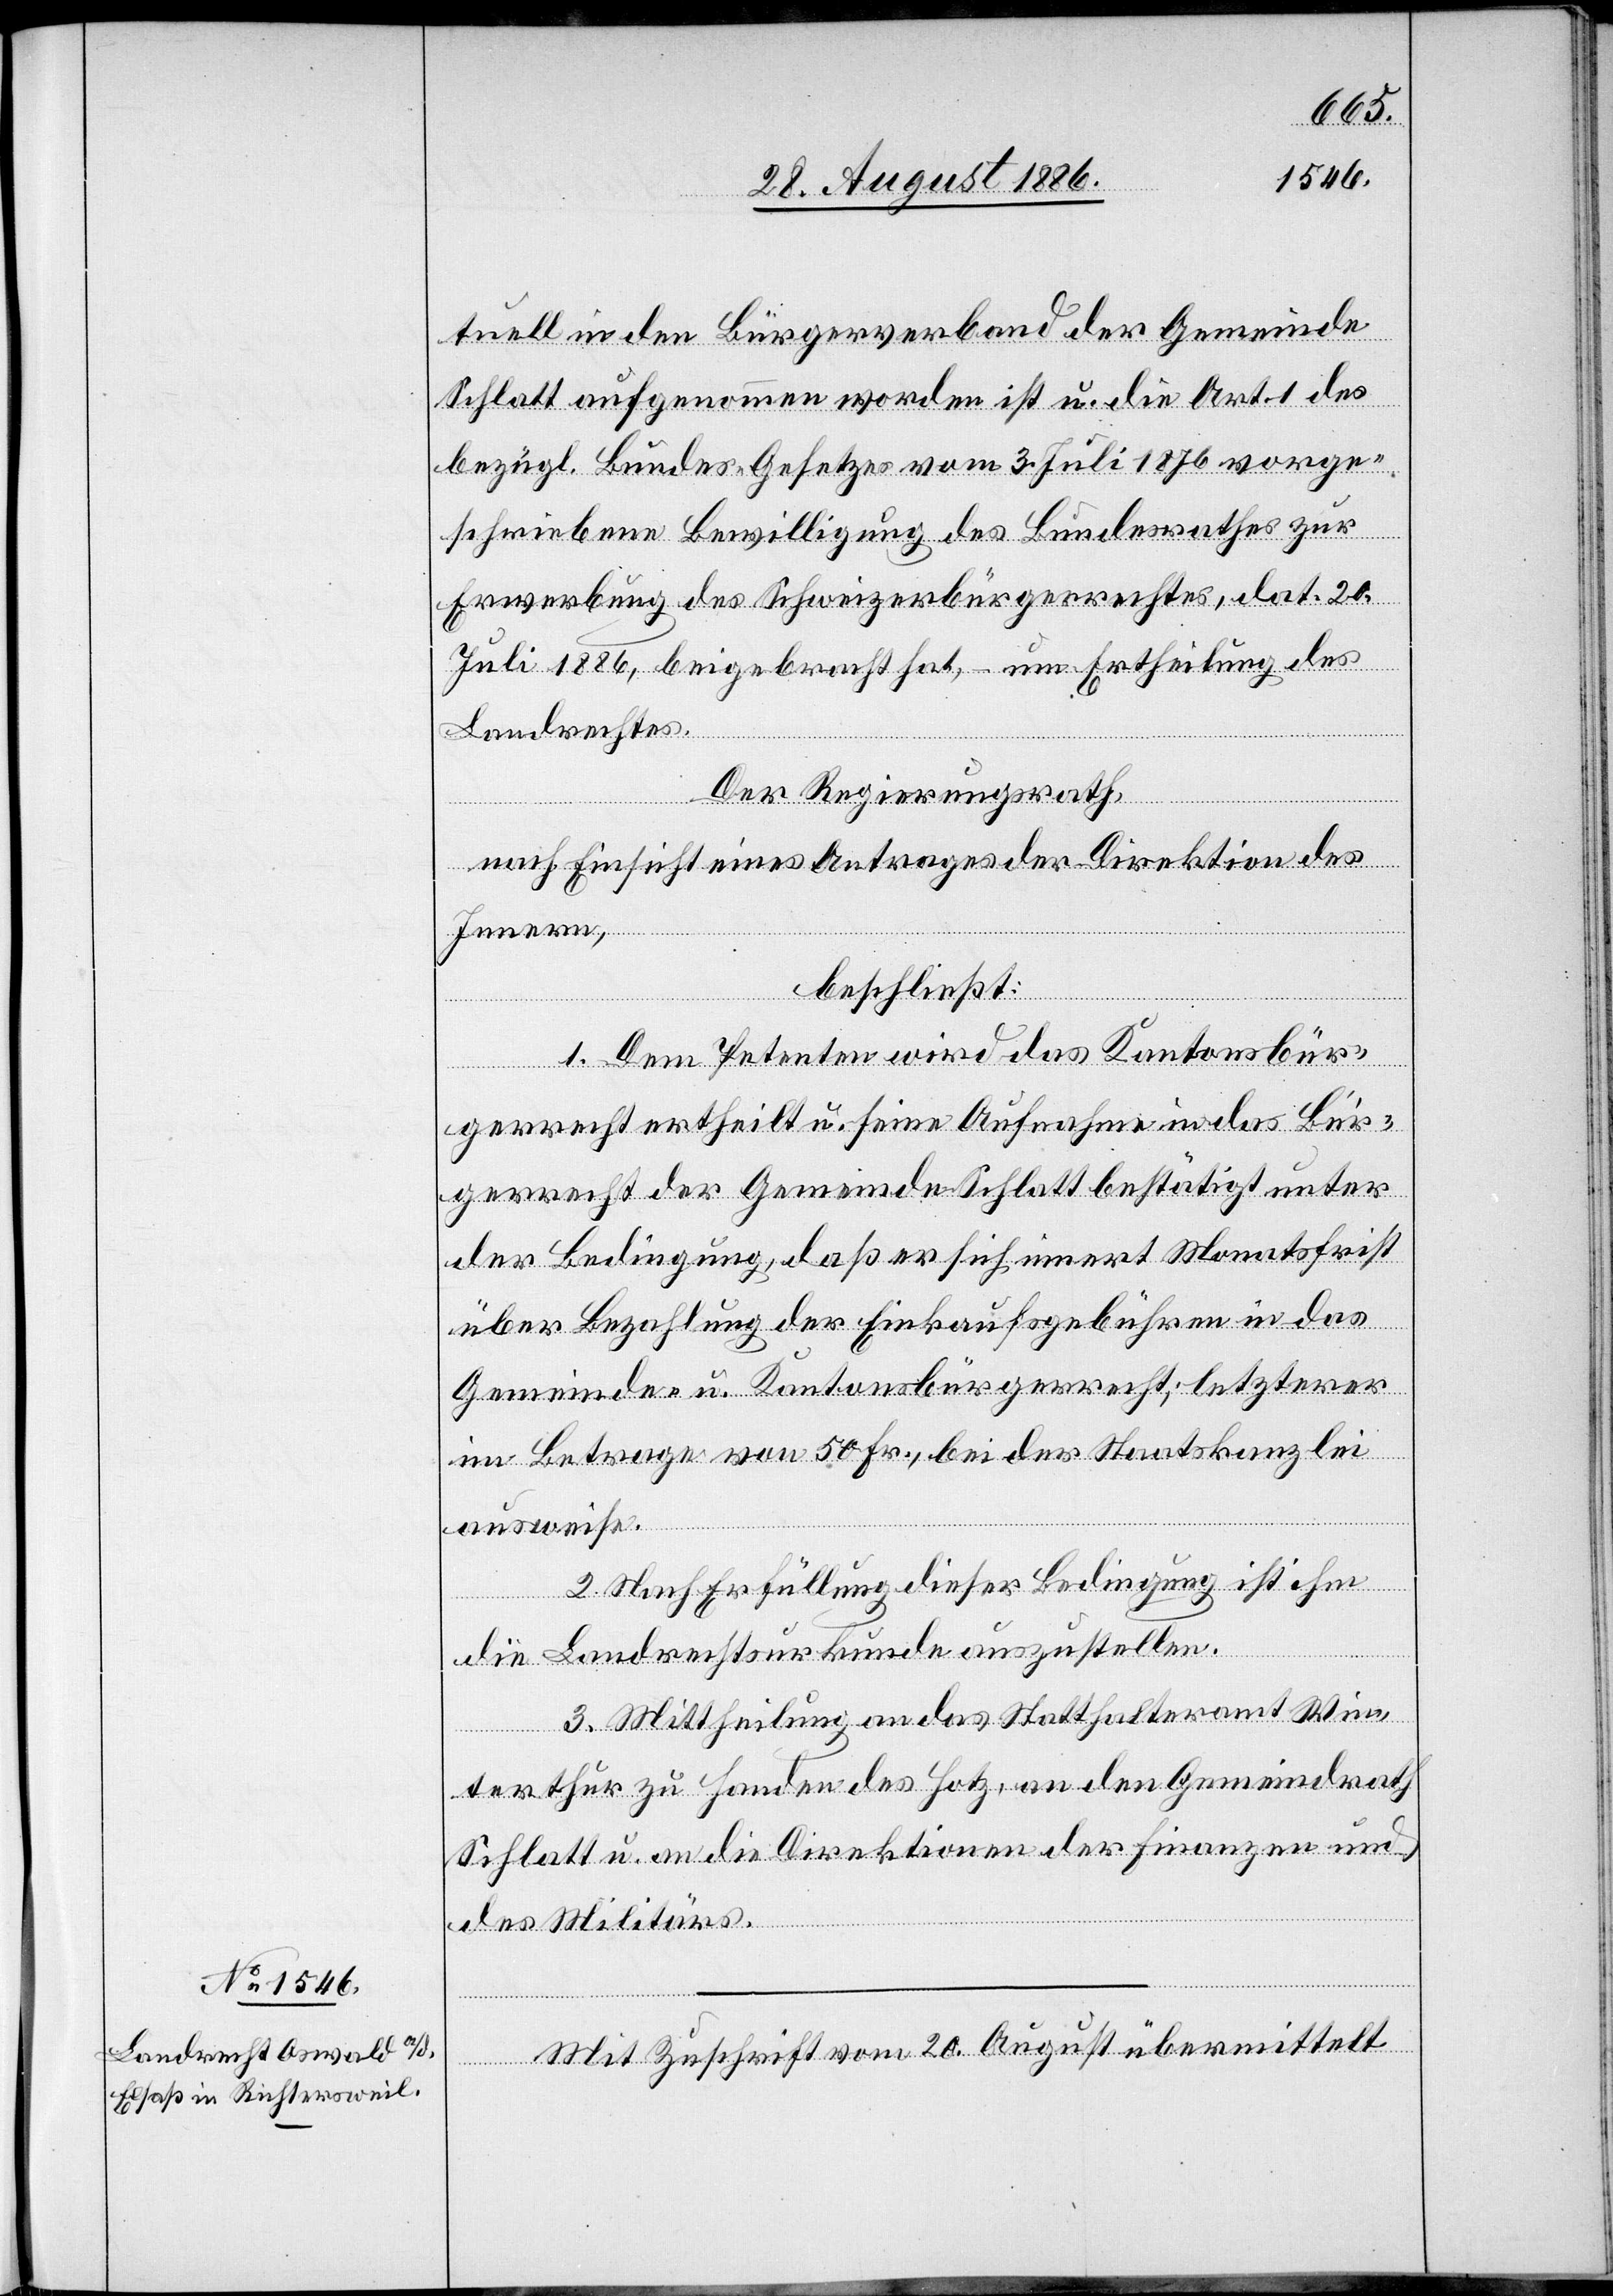
tuell in den Bürgerverband der Gemeinde
Schlatt aufgenommen worden ist und die [in] Art. 1 des
bezügl. Bundes-Gesetzes vom 3. Juli 1876 vorge¬
schriebene Bewilligung des Bundesrathes zur
Erwerbung des Schweizerbürgerrechtes, dat. 20.
Juni 1886, beigebracht hat, – um Ertheilung des
Landrechtes.
Der Regierungsrath,
nach Einsicht eines Antrages der Direktion des
Innern,
beschließt:
1. Dem Petenten wird das Kantonsbür¬
gerrecht ertheilt u. seine Aufnahme in das Bür¬
gerrecht der Gemeinde Schlatt bestätigt unter
der Bedingung, daß er sich innert Monatsfrist
über Bezahlung der Einkaufsgebühren in das
Gemeinde- u. Kantonsbürgerrecht, letzterer
im Betrage von 50 Fr., bei der Staatskanzlei
ausweise.
2. Nach Erfüllung dieser Bedingung ist ihm
die Landrechtsurkunde auszustellen.
3. Mittheilung an das Statthalteramt Win¬
terthur zu Handen des Hotz, an den Gemeindrath
Schlatt u. an die Direktionen der Finanzen un¬
d
des Militärs.
Mit Zuschrift vom 20. August übermittelt